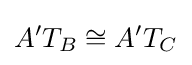
A'T_{B}\cong A'T_{C}